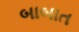
બાબાત